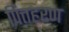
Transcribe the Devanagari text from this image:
पित्तहरण